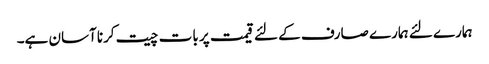
ہمارے لئے ہمارے صارف کے لئے قیمت پر بات چیت کرنا آسان ہے۔